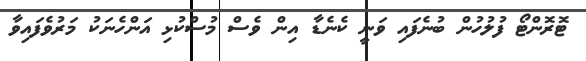
ޓޮރޮންޓޯ ފުލުހުން ބުނެފައި ވަނީ ކެނެޑާ އިން ވެސް މުސްކުޅި އަންހެނަކު މަރުވެފައިވާ